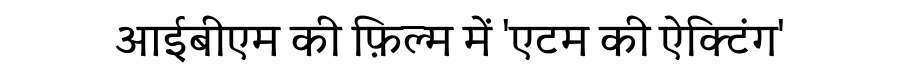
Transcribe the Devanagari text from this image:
आईबीएम की फ़िल्म में 'एटम की ऐक्टिंग'